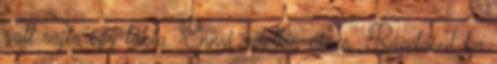
volt rajta egy tábla. Ennyi véletlen nincs. Ráadásul ha